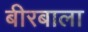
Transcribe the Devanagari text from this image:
बीरबाला